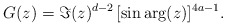
\begin{align*} G(z) = \Im(z)^{d-2} \, [\sin \arg(z)]^{4a-1} . \end{align*}